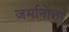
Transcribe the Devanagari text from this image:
जर्मानोत्ता